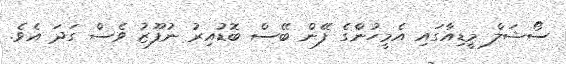
ސޯޝަލް މީޑިއާގައި އެމީހުންގެ ފޭން ބޭސް ބޮޑުއިރު ނުފޫޒު ވެސް ގަދަ އެވެ.